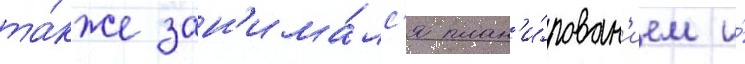
та́кже зан'има́лс'я план'и́рован'ием и́